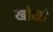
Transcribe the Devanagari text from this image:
खोखाे